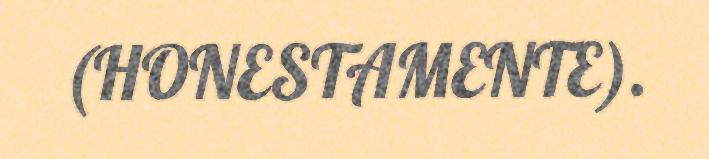
(HONESTAMENTE).